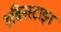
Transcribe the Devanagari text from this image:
रुबिनस्टाइन